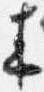
来